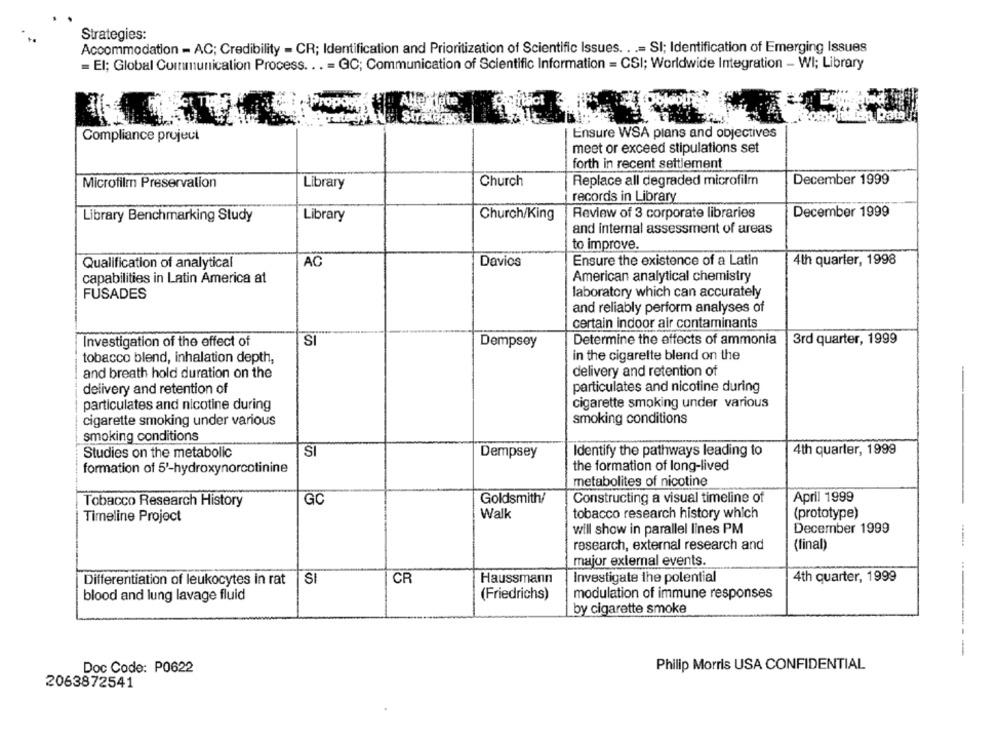
Strategies:
Accommodation - AC; Credibility - CR; Identification and Prioritization of Scientific Issues. . .= SI; Identification of Emerging Issues
= El; Global Communication Process. .. = GC; Communication of Scientific Information = CSI; Worldwide Integration - WI; Library
Prop
Data
Ensure WSA plans and objectives
Compliance project
meet or exceed stipulations set
forth in recent settlement
Microfilm Preservation
Library
Church
Replace all degraded microfilm
December 1999
records in Library
Review of 3 corporate libraries
December 1999
Library Benchmarking Study
Library
Church/King
and internal assessment of areas
to improve.
Qualification of analytical
AC
Davios
Ensure the existence of a Latin
4th quarter, 1998
capabilities in Latin America at
American analytical chemistry
FUSADES
laboratory which can accurately
and reliably perform analyses of
certain indoor air contaminants
Investigation of the effect of
SI
Determine the effects of ammonia
3rd quarter, 1999
Dempsey
in the cigarette blend on the
tobacco blend, inhalation depth,
delivery and retention of
and breath hold duration on the
delivery and retention of
particulates and nicotine during
particulates and nicotine during
cigarette smoking under various
cigarette smoking under various
smoking conditions
smoking conditions
S
Identify the pathways leading to
4th quarter, 1999
Studies on the metabolic
Dempsey
the formation of long-lived
formation of 5'-hydroxynorcotinine
metabolites of nicotine
April 1999
Tobacco Research History
GC
Goldsmith/
Constructing a visual timeline of
Timeline Project
Walk
tobacco research history which
(prototype)
will show in parallel lines PM
December 1999
research, external research and
(final)
major external events.
CR
Investigate the potential
4th quarter, 1999
Differentiation of leukocytes in rat
S
Haussmann
blood and lung lavage fluid
(Friedrichs)
modulation of immune responses
by cigarette smoke
----
Philip Morris USA CONFIDENTIAL
Doc Code: P0622
2063872541